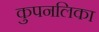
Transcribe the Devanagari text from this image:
कुपनलिका